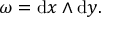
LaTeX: \omega = \mathrm { d } x \wedge \mathrm { d } y .